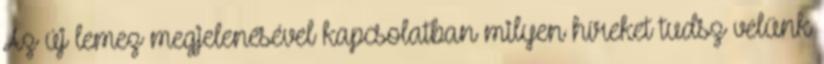
Az új lemez megjelenésével kapcsolatban milyen híreket tudsz velünk